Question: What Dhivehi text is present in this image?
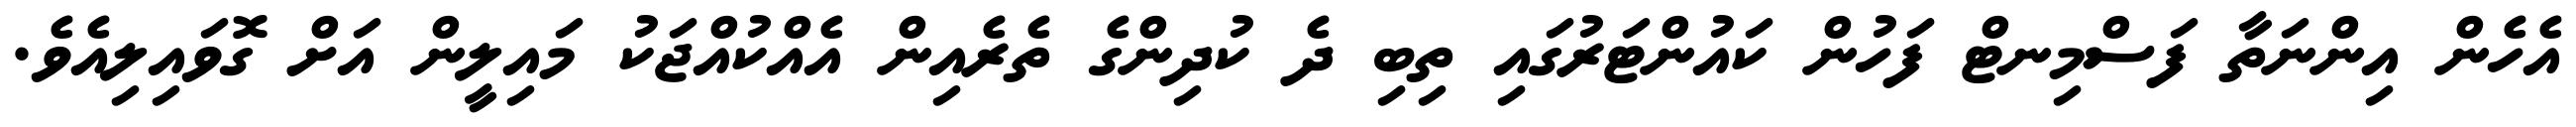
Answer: އެހެން އިންނަތާ ފަސްމިނޓް ފަހުން ކައުންޓަރުގައި ތިބި ދެ ކުދިންގެ ތެރެއިން އެއްކުއްޖަކު މައިލީން އަށް ގޮވައިލިއެވެ.